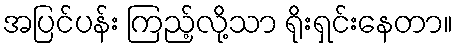
အပြင်ပန်း ကြည့်လို့သာ ရိုးရှင်းနေတာ။